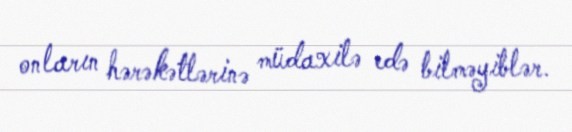
onların hərəkətlərinə müdaxilə edə bilməyiblər.